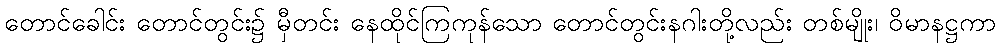
တောင်ခေါင်း တောင်တွင်း၌ မှီတင်း နေထိုင်ကြကုန်သော တောင်တွင်းနဂါးတို့လည်း တစ်မျိုး၊ ဝိမာနဋ္ဌကာ